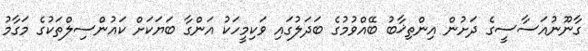
ގާނޫނުއަސާސީގެ ދަށުން އިންތިޚާބު ބޭއްވުމުގެ ބަދަލުގައި ވަކިމީހަކު އަންގާ ބަޔަކަށް ކައުންސިލްތަކުގެ މަގާމު